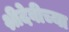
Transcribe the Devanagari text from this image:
श्रीदेवीच्या